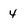
Character: 4